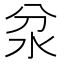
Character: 𱥷